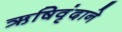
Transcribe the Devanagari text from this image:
ऋषिवृंदाने